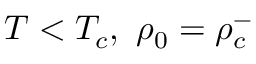
T < T _ { c } , \ \rho _ { 0 } = \rho _ { c } ^ { - }